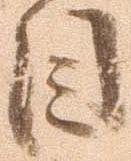
目